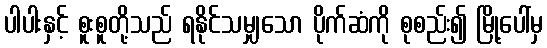
ပါပါးနှင့် စူးစူတို့သည် ရနိုင်သမျှသော ပိုက်ဆံကို စုစည်း၍ မြို့ပေါ်မှ